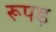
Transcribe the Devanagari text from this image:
रूपड़